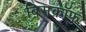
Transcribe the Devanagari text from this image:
बिसकॉफ